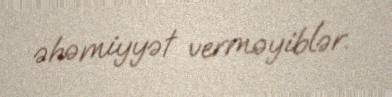
əhəmiyyət verməyiblər.